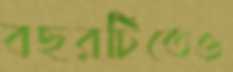
বছরটিতেও